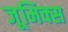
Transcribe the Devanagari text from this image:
जूमिक्स